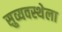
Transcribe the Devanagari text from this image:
सुव्यवस्थेला